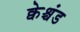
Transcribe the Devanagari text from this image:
क्वेश्चंड